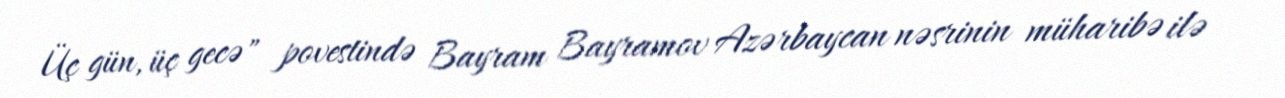
Üç gün, üç gecə" povestində Bayram Bayramov Azərbaycan nəsrinin müharibə ilə